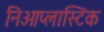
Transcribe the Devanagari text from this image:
निओप्लास्टिक